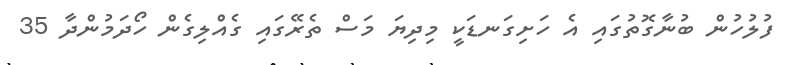
ފުލުހުން ބުނާގޮތުގައި އެ ހަށިގަނޑަކީ މިދިޔަ މަސް ތެރޭގައި ގެއްލިގެން ހޯދަމުންދާ 35